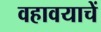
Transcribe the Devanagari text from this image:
वहावयाचें